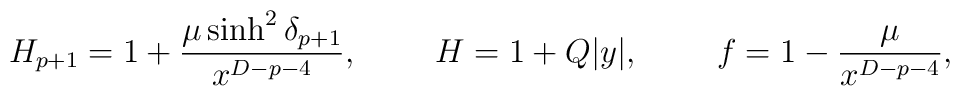
H_{p+1}=1+{{\mu\sinh^2\delta_{p+1}}\over{x^{D-p-4}}},\ \ \ \ \ \ \ H=1+Q|y|,\ \ \ \ \ \ \ f=1-{{\mu}\over{x^{D-p-4}}},